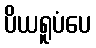
ပိယရူပံပေ